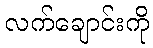
လက်ချောင်းကို